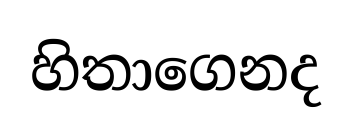
හිතාගෙනද